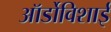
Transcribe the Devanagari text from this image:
ऑर्डोविशाई